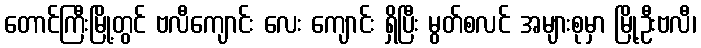
တောင်ကြီးမြို့တွင် ဗလီကျောင်း လေး ကျောင်း ရှိပြီး မွတ်စလင် အများစုမှာ မြို့ဦးဗလီ၊